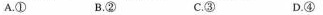
A.① B.② C.③ D.④